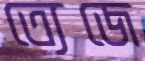
ত্যেজে